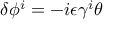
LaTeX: \delta \phi ^ { i } = - i \epsilon \gamma ^ { i } \theta